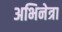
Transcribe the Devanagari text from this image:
अभिनेत्रा